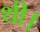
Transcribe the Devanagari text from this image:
थी।